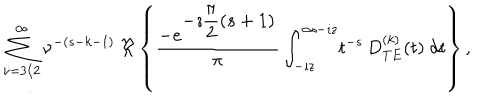
\begin{array} { c } { { \displaystyle { \sum _ { \nu = 3 / 2 } ^ { \infty } \nu ^ { - ( s - k - 1 ) } } \ \Re \left\{ \displaystyle { \frac { - e ^ { \displaystyle { - \imath \frac { \pi } { 2 } ( s + 1 ) } } } { \pi } } \, \displaystyle { \int _ { - \imath z } ^ { \infty - \imath z } } t ^ { - s } \, \displaystyle { D _ { T E } ^ { ( k ) } ( t ) } \ d t \right\} , } } \\ \end{array}